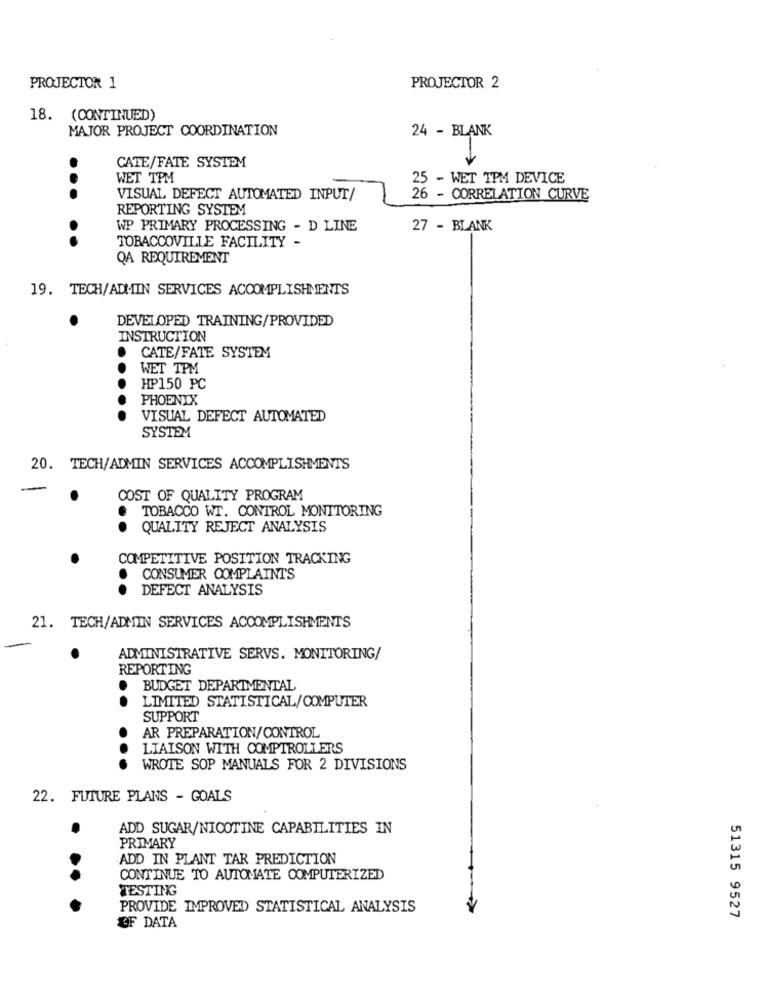
PROJECTOR 1
PROJECTOR 2
18. (CONTINUED)
MAJOR PROJECT COORDINATION
24 - BLANK
CATE/FATE SYSTEM
WET TPM
25 - WET TPM DEVICE
...
VISUAL DEFECT AUTOMATED INPUT/
26 - CORRELATION CURVE
REPORTING SYSTEM
WP PRIMARY PROCESSING - D LINE
27 - BLANK
..
TOBACCOVILLE FACILITY -
QA REQUIREMENT
19. TECH/ADMIN SERVICES ACCOMPLISHMENTS
DEVELOPED TRAINING/PROVIDED
INSTRUCTION
CATE/FATE SYSTEM
WET TPM
HP150 PC
PHOENIX
.....
VISUAL DEFECT AUTOMATED
SYSTEM
20. TECH/ADMIN SERVICES ACCOMPLISHMENTS
COST OF QUALITY PROGRAM
TOBACCO WT. CONTROL MONITORING
QUALITY REJECT ANALYSIS
COMPETITIVE POSITION TRACKING
CONSUMER COMPLAINTS
..
DEFECT ANALYSIS
21. TECH/ADMIN SERVICES ACCOMPLISHMENTS
ADMINISTRATIVE SERVS. MONITORING/
REPORTING
BUDGET DEPARTMENTAL
LIMITED STATISTICAL/COMPUTER
SUPPORT
AR PREPARATION/CONTROL
LIAISON WITH COMPTROLLERS
.......
WROTE SOP MANUALS FOR 2 DIVISIONS
22. FUTURE PLANS - GOALS
.
ADD SUGAR/NICOTINE CAPABILITIES IN
PRIMARY
ADD IN PLANT TAR PREDICTION
CONTINUE TO AUTOMATE COMPUTERIZED
TESTING
PROVIDE IMPROVED STATISTICAL ANALYSIS
51315 9527
OF DATA